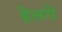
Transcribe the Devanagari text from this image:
हेलगे